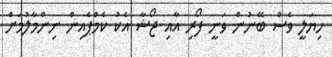
ހިޔަލީ ވެސް ބޭނުން ވަނީ ފޯރި އާއި ޖޯޝާ އެކު ކެމްޕެއިން ނިންމާލުމަށް